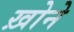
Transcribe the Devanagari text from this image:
ख़ोने